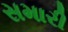
સમારી